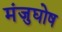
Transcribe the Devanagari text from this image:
मंजुघोष